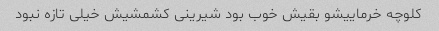
کلوچه خرماییشو بقیش خوب بود شیرینی کشمشیش خیلی تازه نبود